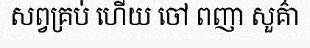
សព្វគ្រប់ ហើយ ចៅ ពញា សួគ៌ា